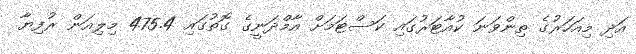
އަދި މިއަހަރުގެ ތިންވަނަ ކުއާޓަރުގައި ކަސްޓަމަށް އާމްދަނީގެ ގޮތުގައި 475.4 މިލިއަން ރުފިޔާ